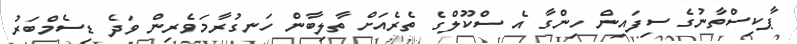
ޕާކިސްތާނުގެ ސިފައިން ހިންގާ އެ ސްކޫލްގެ ތެރެއަށް ތާލިބާން ހަނގުރާމަވެރިން ވަދެ ޑިސެމްބަރު